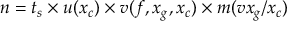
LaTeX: n = t _ { s } \times u ( x _ { c } ) \times v ( f , x _ { g } , x _ { c } ) \times m ( v x _ { g } / x _ { c } )